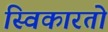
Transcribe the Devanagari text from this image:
स्विकारतो